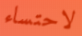
لاحتساء